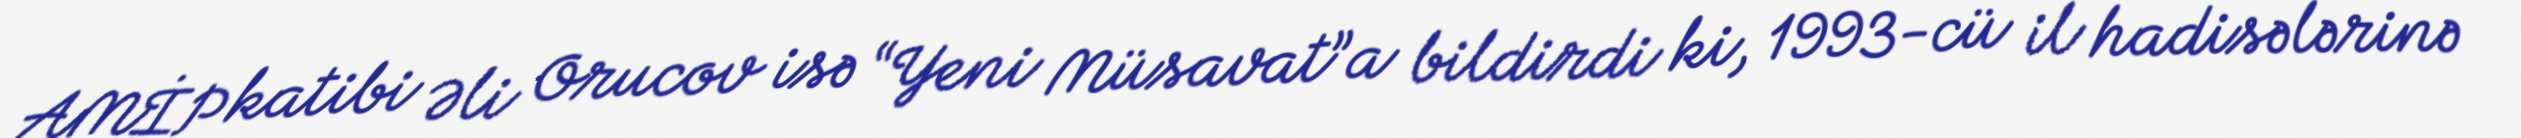
AMİP katibi Əli Orucov isə “Yeni Müsavat”a bildirdi ki, 1993-cü il hadisələrinə